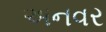
અનવર